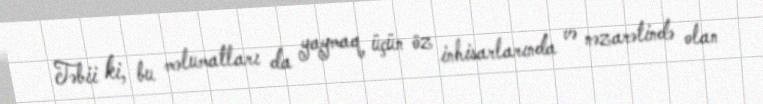
Təbii ki, bu məlumatları da yaymaq üçün öz inhisarlarında və nəzarətində olan